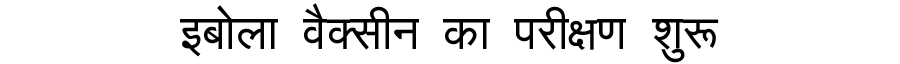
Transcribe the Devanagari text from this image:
इबोला वैक्सीन का परीक्षण शुरू